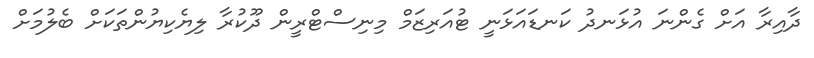
ދާއިރާ އަށް ގެންނަ އުޅަނދު ކަނޑައަޅަނީ ޓުއަރިޒަމް މިނިސްޓްރީން ދޫކުރާ ލިޔެކިޔުންތަކަށް ބެލުމަށް